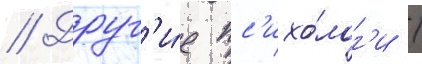
// Друг'и́е пс'ихо́лог'и /